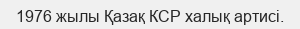
1976 жылы Қазақ КСР халық артисі.